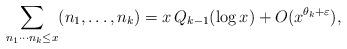
LaTeX: \begin{align*} \sum_{n_1\cdots n_k\le x} (n_1,\ldots,n_k) = x\, Q_{k-1}(\log x) + O(x^{\theta_k+\varepsilon}),\end{align*}